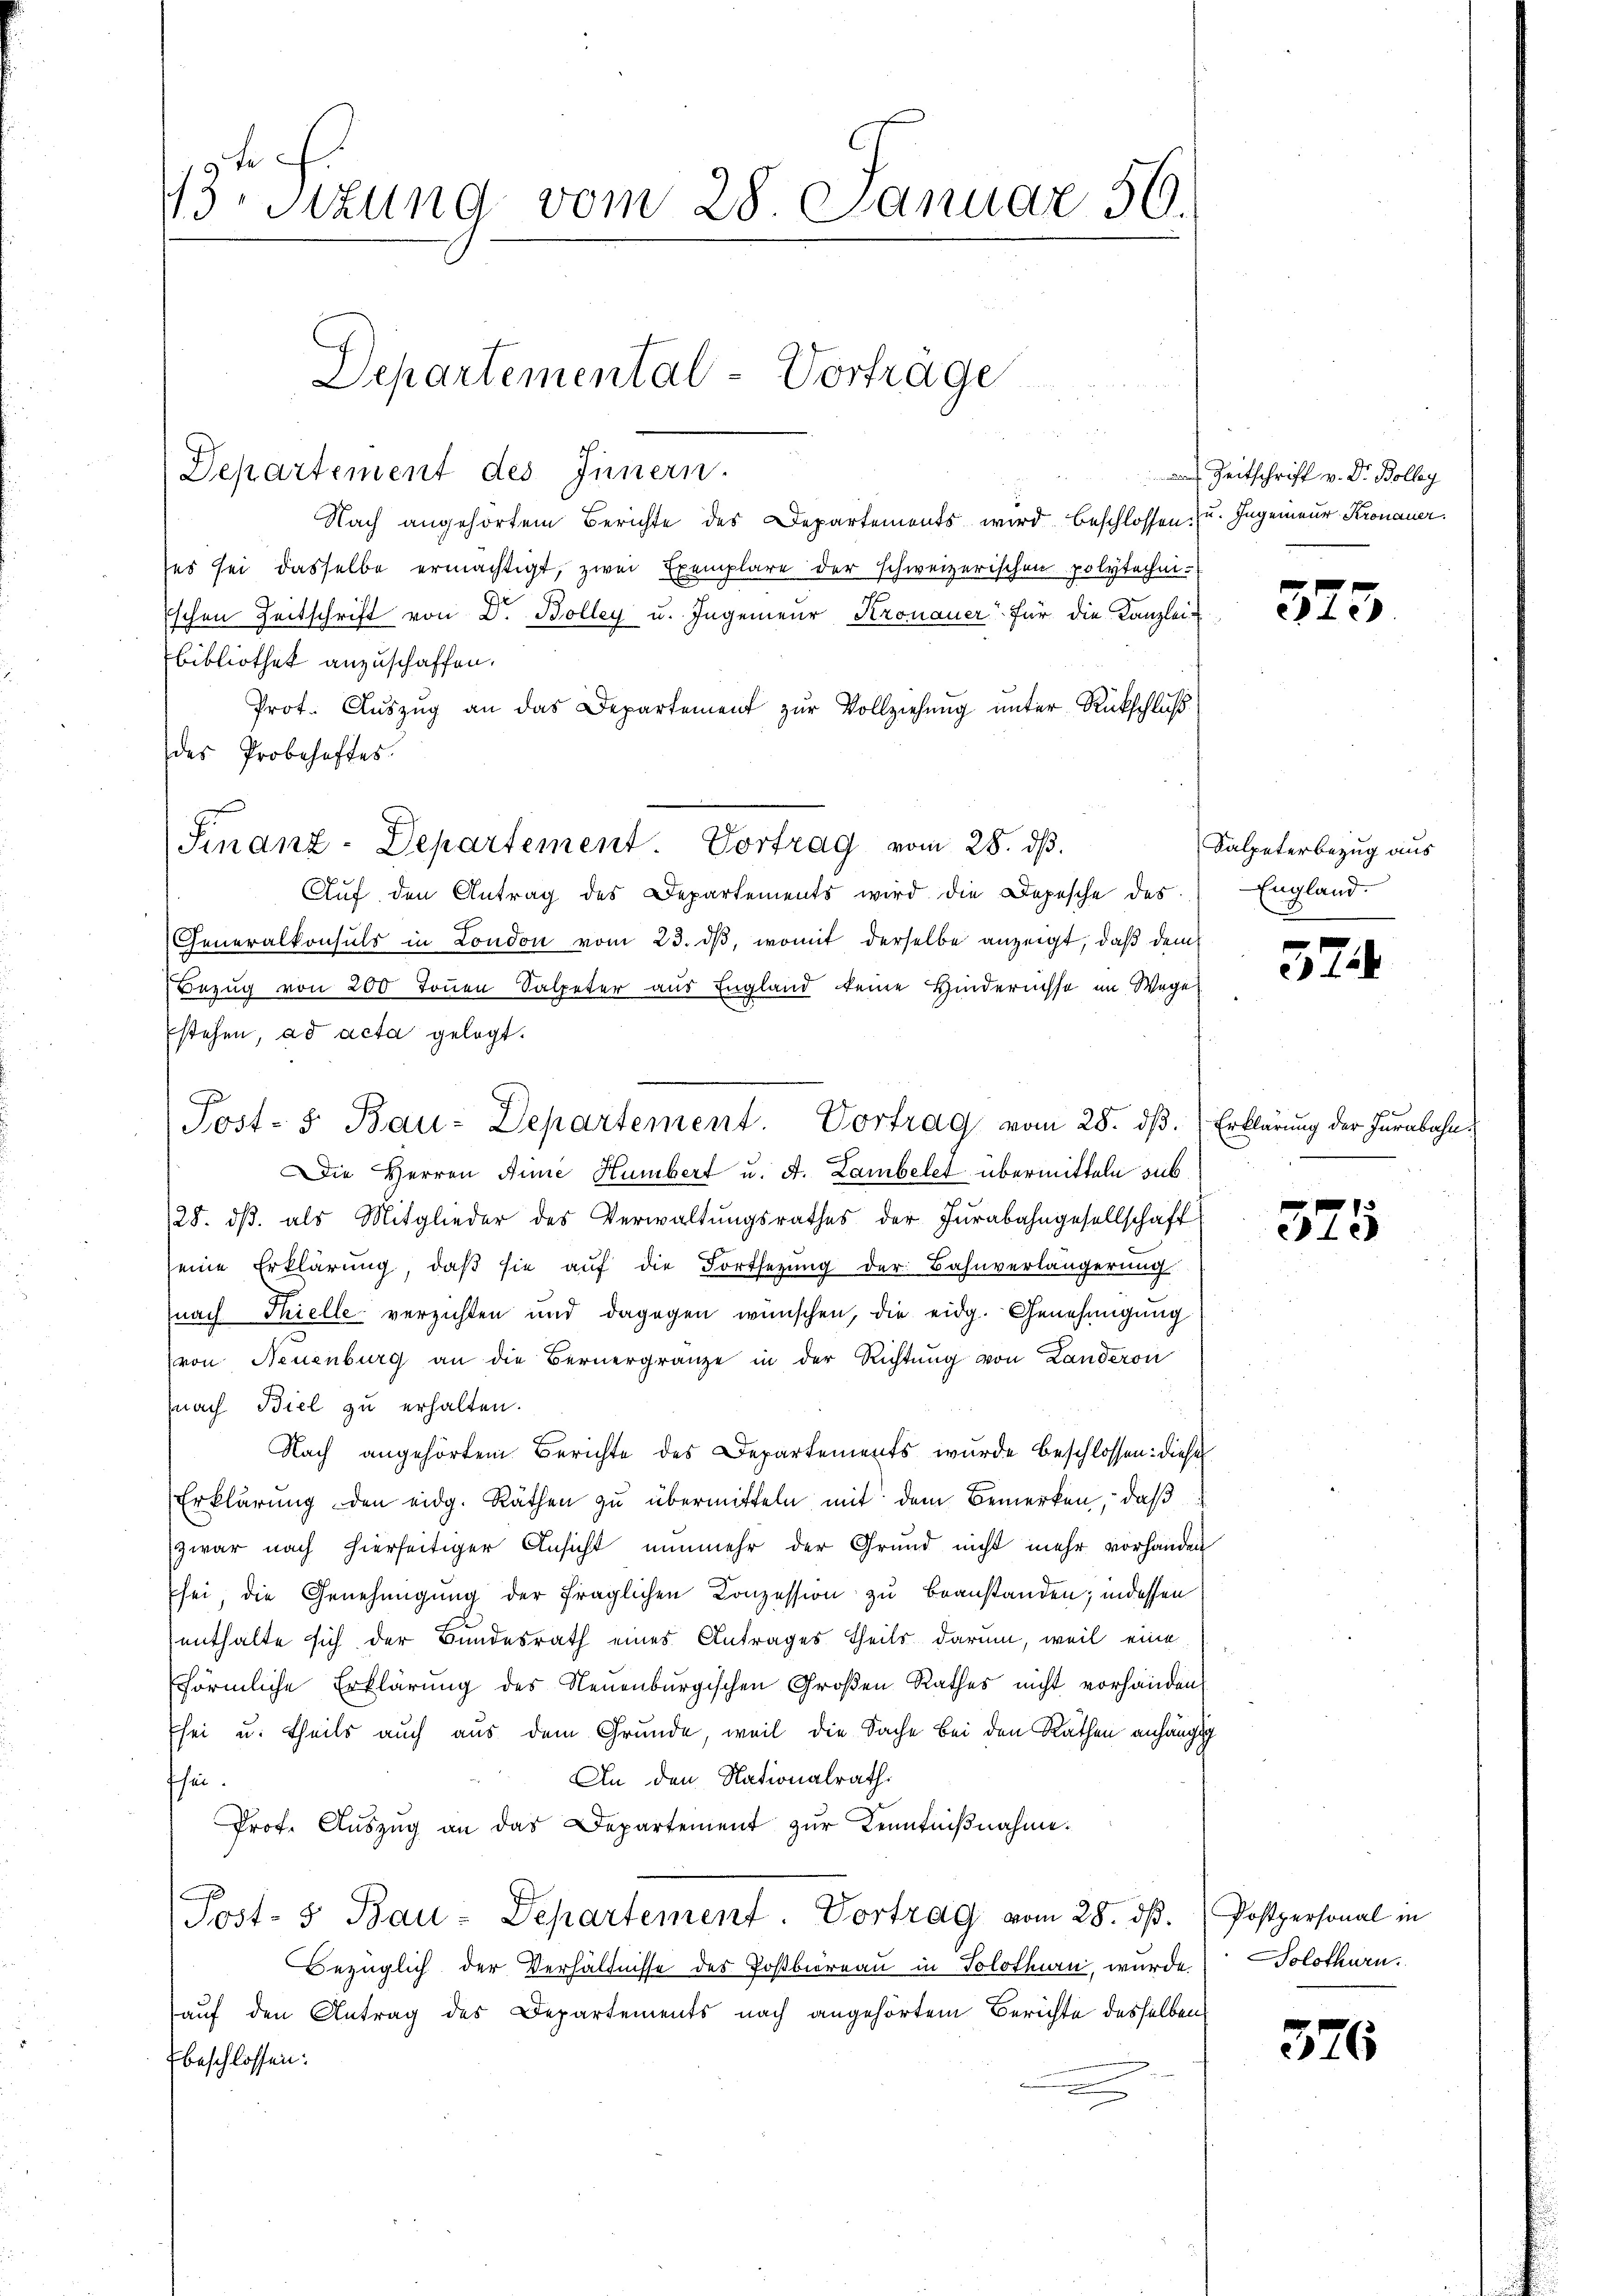
13. Sitzung vom 28. Januar 50.

Nach angehörtem Berichte des Departements wird beschlossen zu. Ingenieur Kronauer.
ses sei dasselbe ermächtigt, zwei Exemplare der schweizerischen polytechni-
ischen Zeitschrift von Dr. Bolleg u. Ingenieur Kronauer für die Kanzlei-
Bibliothek anzuschaffen.
Prot. Aŭszŭg an das Departement zŭr Vollziehŭng ŭnter Rückschluß
des Probehaftes
Auf den Antrag des Departements wird die Depesche des
Generalkonsuls in London vom 23. dβ, womit derselbe anzeigt, daß dem
Bezug von 200 Tonnen Salpeter aus England keine Hindernisse im Wege
Die Herren Anne Humbert u. A. Lambelet übermitteln sub
28. dβ als Mitglieder des Verwaltŭngsrathes der Jurabahngesellschaft
seine Erklärŭng, daβ sie aŭf die Fortsetzŭng der Bahnverlängerŭng
nach Thielle verzichten und dagegen wünschen, die eidg. Genehmigung
von Neuenburg an die Bernergränze in der Richtŭng von Landeron
(nach Biel zu erhalten.
Nach angehörtem Berichte des Departements wurde beschlossen: diese
Erklärung den eidg. Räthen zu übermitteln mit dem Bemerken, daß
zwar nach hierseitiger Ansicht nunmehr der Grund nicht mehr vorhanden
sei, die Genehmigŭng der fraglichen Conzession zu beanstanden; indessen
enthalte sich der Bundesrath eines Antrages Theils darum, weil eine
förmliche Erklärung des Neuenburgischen Großen Rathes nicht vorhanden
Esei u. theils auch aus dem Grunde, weil die Sache Bei den Räthen anhängig
An den Nationalrath
fhei
Prof. Aŭszŭg an das Departement zŭr Kenntniβnahme.
(Post- & Bau-Departement. Vortrag vom 28. dβ. Postpersonal in
Bezüglich der Verhältnisse des Postbureau in Solothurn, wurde.
auf den Antrag des Departements nach angehörtem Berichte desselben
beschlossen:

Departemental-Vorträge
Departement des Innern.

Finanz-Departement. Vortrag vom 28. ds.

stehen, ad acta gelegt.
Post- u. Bau-Departement. Vortrag vom 28. dβ. Erklärung der Jurabahn,

de Zeitschrift v. Dr. Bolleg

373

Salpeterbezug aus
England.

57

575

376

Solothurn.